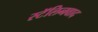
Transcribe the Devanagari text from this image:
स्टॅलिनवाद